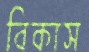
বিকাস